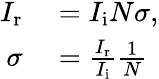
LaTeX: \begin{array}{rl}{I_{\mathrm{r}}}&{{}=I_{\mathrm{i}}N\sigma,}\\ {\sigma}&{{}={\frac{I_{\mathrm{r}}}{I_{\mathrm{i}}}}{\frac{1}{N}}}\end{array}